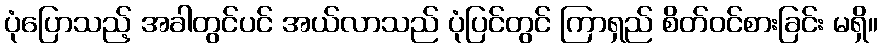
ပုံပြောသည့် အခါတွင်ပင် အယ်လာသည် ပုံပြင်တွင် ကြာရှည် စိတ်ဝင်စားခြင်း မရှိ။